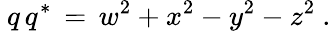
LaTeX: ~q\, q^{*}\, =\, w^{2}+x^{2}-y^{2}-z^{2}~.